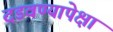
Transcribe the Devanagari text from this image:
दडवण्यापेक्षा